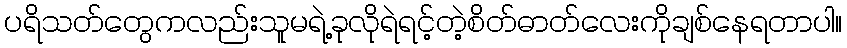
ပရိသတ်တွေကလည်းသူမရဲ့ခုလိုရဲရင့်တဲ့စိတ်ဓာတ်လေးကိုချစ်နေရတာပါ။